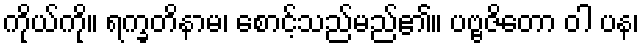
ကိုယ်ကို။ ရက္ခတိနာမ၊ စောင့်သည်မည်၏။ ပဗ္ဗဇိတော ဝါ ပန၊